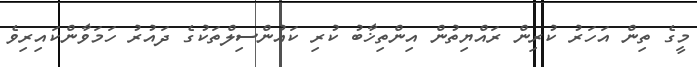
މީގެ ތިން އަހަރު ކުރިން ރައްޔިތުން އިންތިޚާބު ކުރި ކައުންސިލްތަކުގެ ދައުރު ހަމަވާންކައިރިވެ